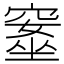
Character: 𥧚